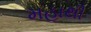
મહાથી